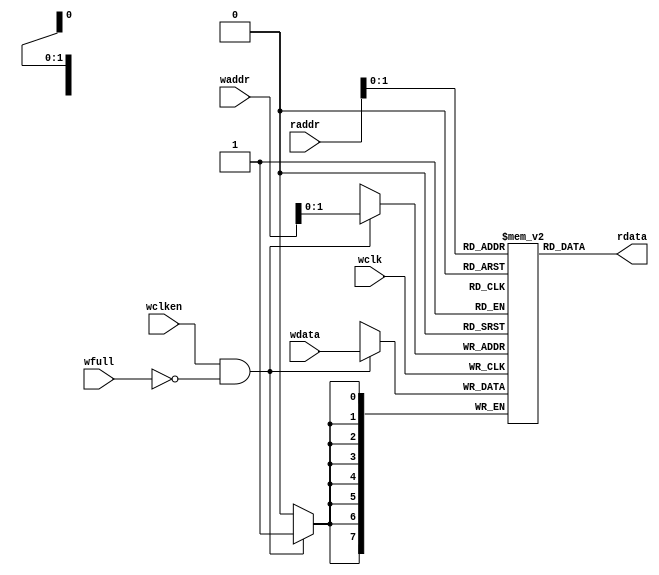
module fifomem(rdata,wdata,waddr,raddr,wclken, wfull, wclk); //FIFO memory buffer

parameter DATASIZE = 8;// DATASIZE (MEMORY WIDTH )
parameter ADDRSIZE = 4;// ADDRESS SIZE(MEMORY DEPTH ) 

output [DATASIZE-1:0] rdata;
input [DATASIZE-1:0] wdata;
input [ADDRSIZE-1:0] waddr, raddr;

input wclken, wfull, wclk;


reg [DATASIZE-1:0] mem [0:ADDRSIZE-1]; // [0:ADDRSIZE-1] for adddress starts from 0
assign rdata = mem[raddr];
always @(posedge wclk)
if (wclken && !wfull)  // winc is ported with wclken
 mem[waddr] <= wdata;

endmodule